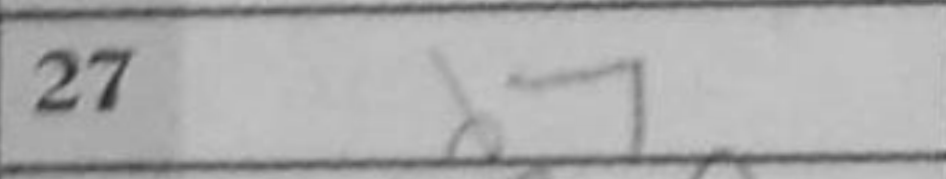
Transcription: d7